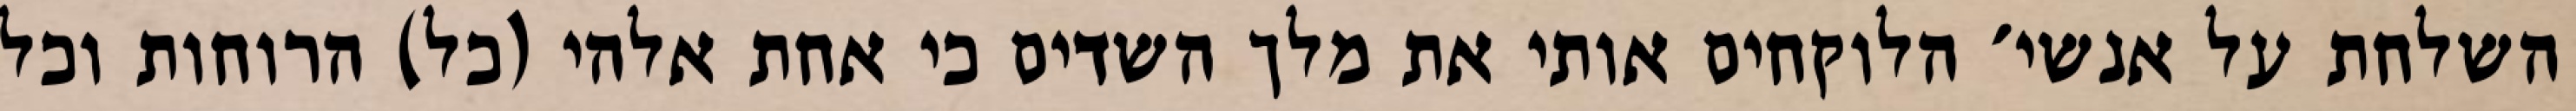
השלחת על אנשי׳ הלוקחים אותי את מלך השדים כי אחת אלהי (כל) הרוחות וכל